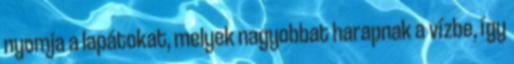
nyomja a lapátokat, melyek nagyobbat harapnak a vízbe, így